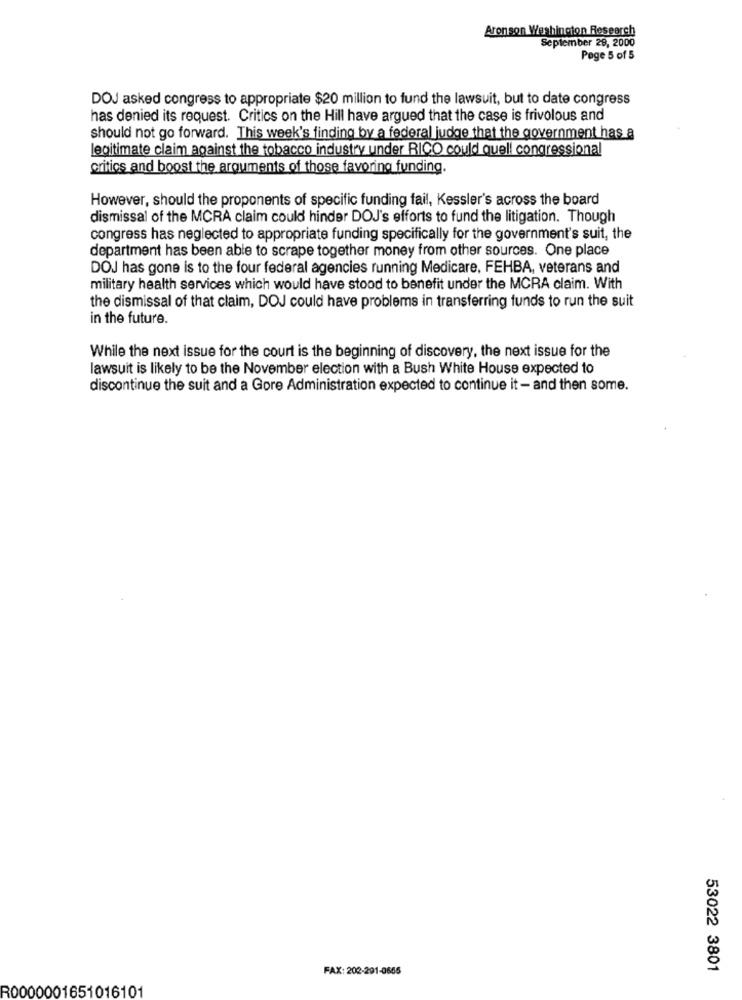
Aronson Washington Research
September 28, 2000
Pege 5 of 5
DOJ asked congress to appropriate $20 million to fund the lawsuit, but to date congress
has denied its request. Critics on the Hill have argued that the case is frivolous and
should not go forward. This week's finding by a federal judge that the government has a
legitimate claim against the tobacco industry under RICO could quell congressional
critics and boost the arguments of those favoring funding.
However, should the proponents of specific funding fail, Kessler's across the board
dismissal of the MCRA claim could hinder DOJ's efforts to fund the litigation. Though
congress has neglected to appropriate funding specifically for the government's suit, the
department has been able to scrape together money from other sources. One place
DOJ has gone is to the four federal agencies running Medicare, FEHBA, veterans and
military health services which would have stood to benefit under the MCRA claim. With
the dismissal of that claim, DOJ could have problems in transferring funds to run the suit
in the future.
While the next issue for the court is the beginning of discovery, the next issue for the
lawsuit is likely to be the November election with a Bush White House expected to
discontinue the suit and a Gore Administration expected to continue it - and then some.
FAX: 202-291-0665
53022 3801
R0000001651016101